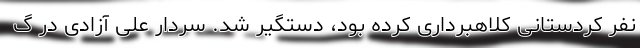
نفر کردستانی کلاهبرداری کرده بود، دستگیر شد. سردار علی آزادی در گ